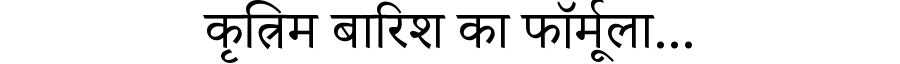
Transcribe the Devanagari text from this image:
कृत्रिम बारिश का फॉर्मूला...